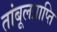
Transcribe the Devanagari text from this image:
तांबूलप्राप्ति